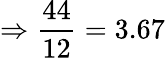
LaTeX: \Rightarrow\frac{44}{12}=3.67